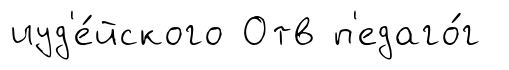
иуд'е́йского Отв п'едаго́г